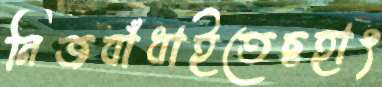
নিজবাঁধাইতেছহাৎ